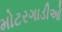
મોટરગાડીઓ